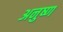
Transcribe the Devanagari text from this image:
अनुष्ण